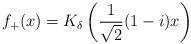
LaTeX: \begin{align*}f_+(x) = K_\delta \left(\frac{1}{\sqrt{2}}(1-i)x \right)\end{align*}